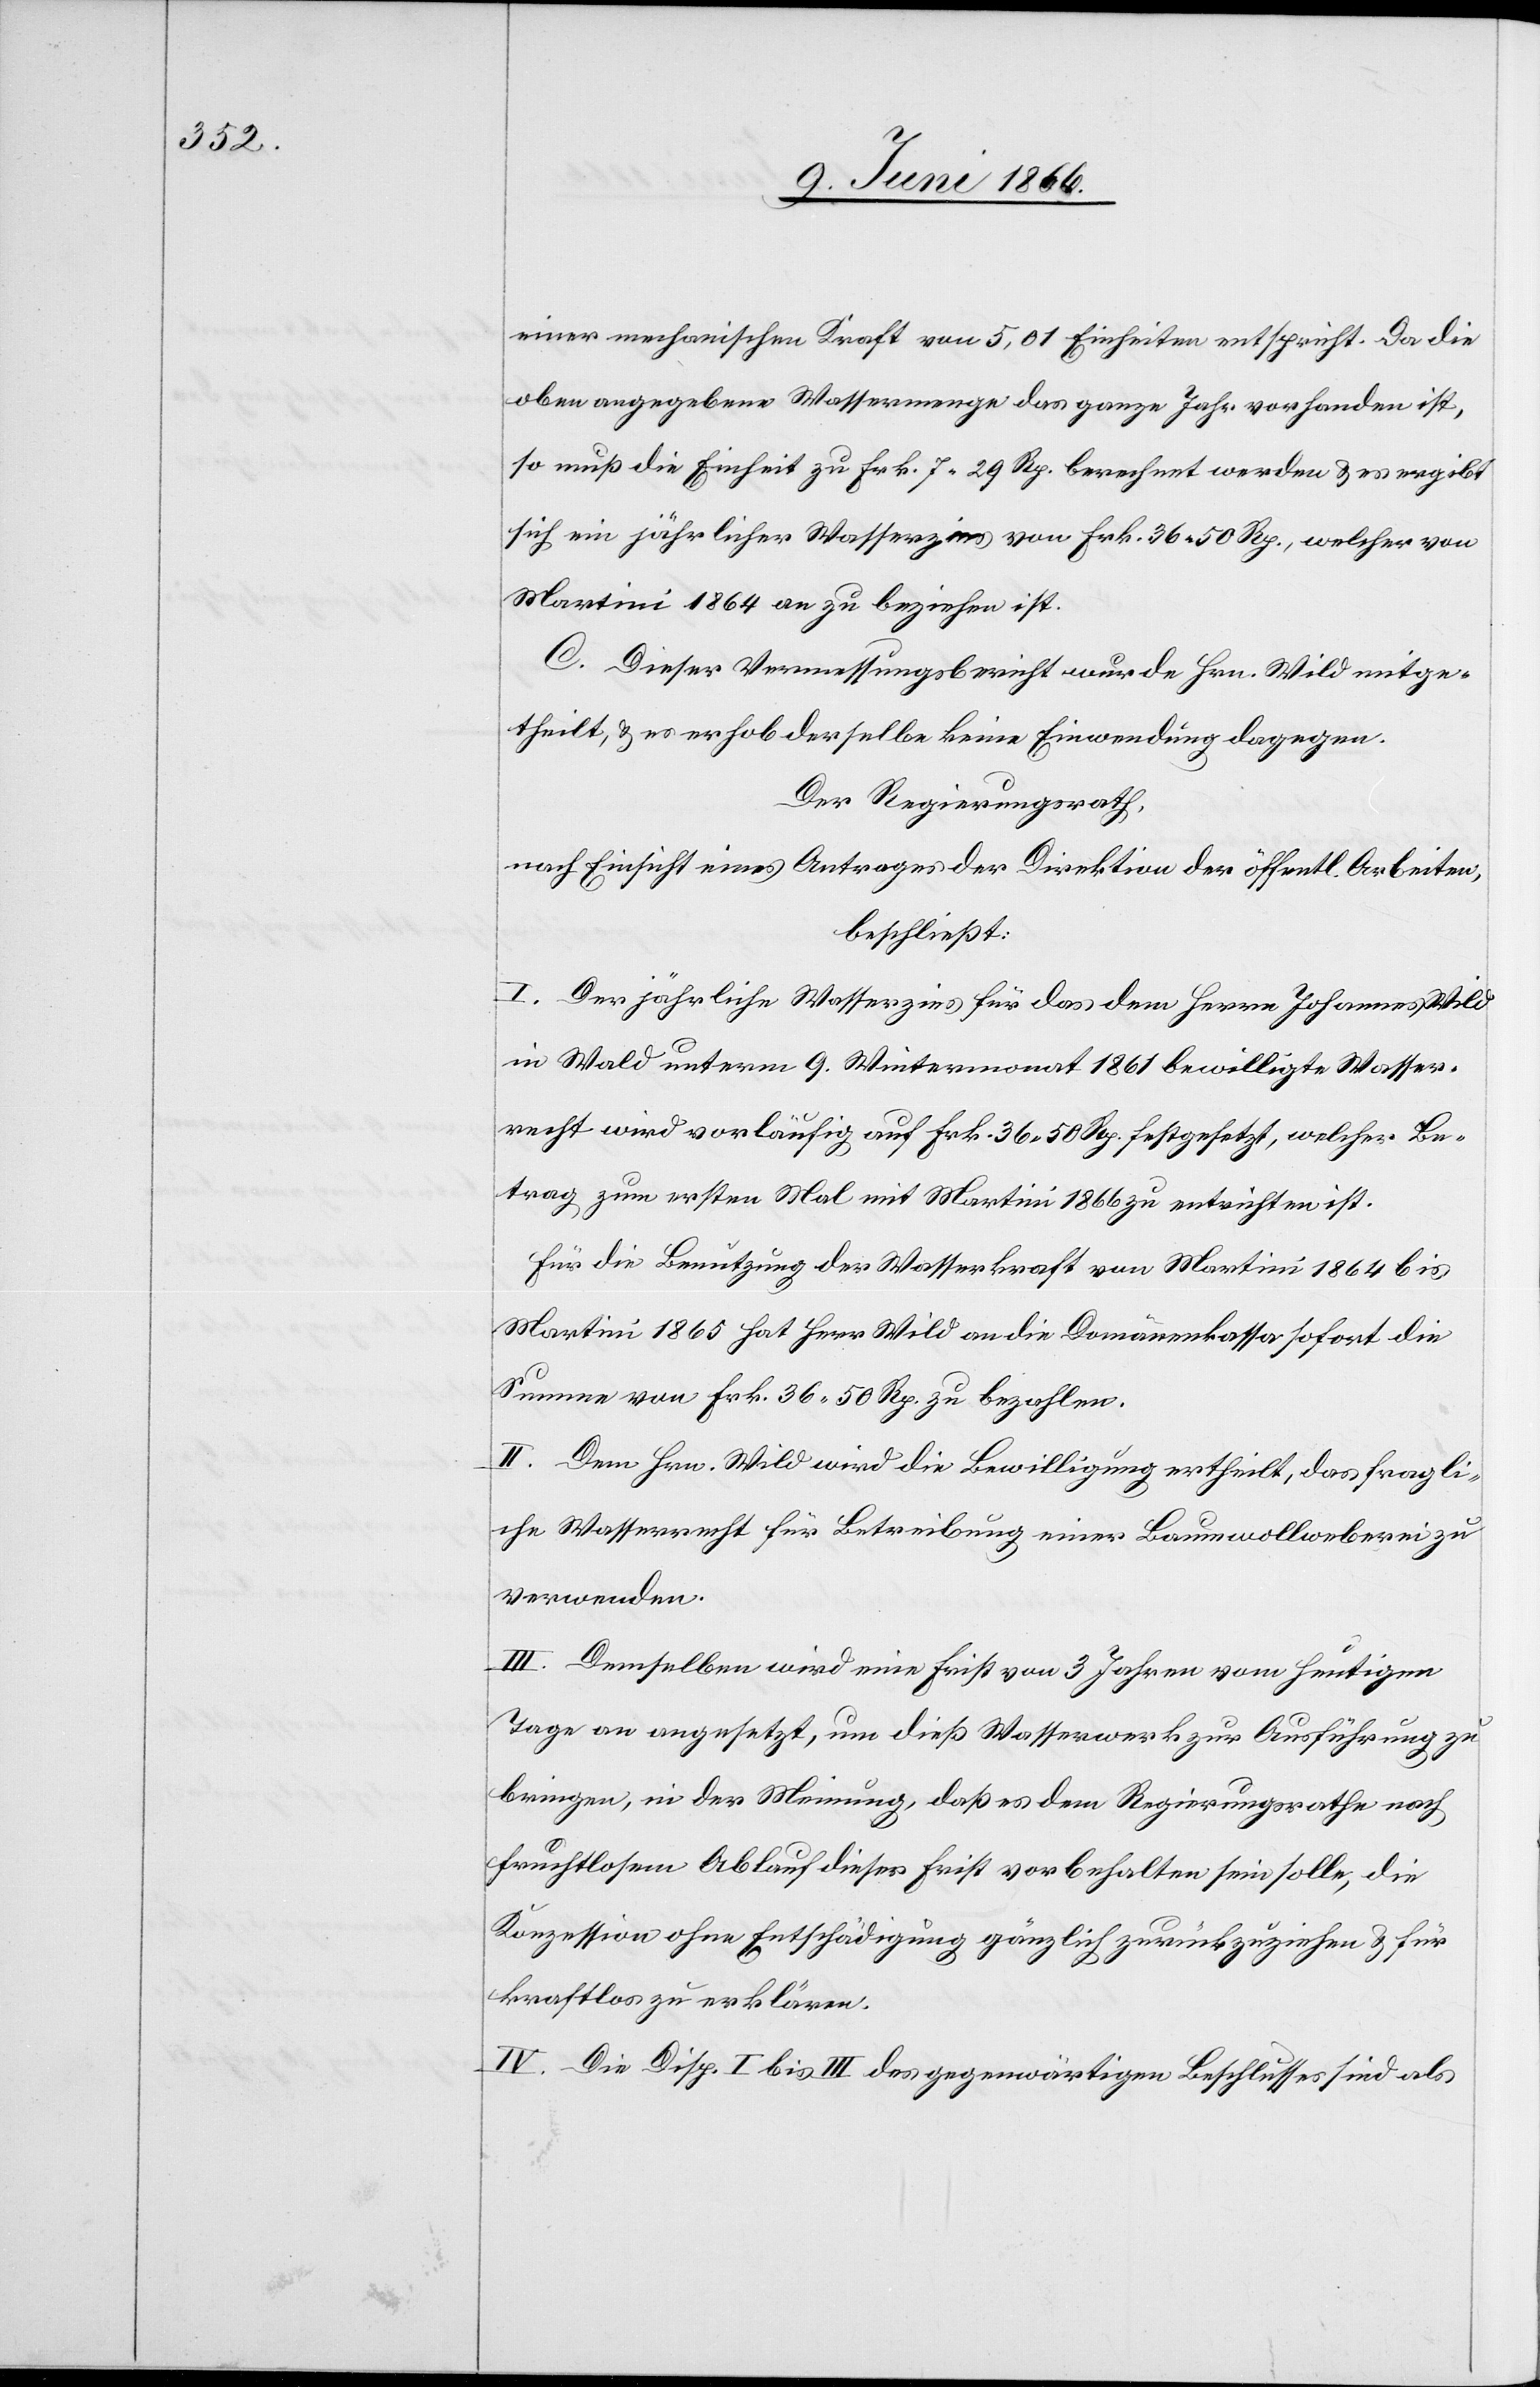
einer mechanischen Kraft von 5,01 Einheiten entspricht. Da die
oben angegebene Wassermenge das ganze Jahr vorhanden ist,
so muß die Einheit zu Frk. 7.29 Rp. berechnet werden u. es ergibt
sich ein jährlicher Wasserzins von Frk. 36.50 Rp., welcher von
Martini 1864 an zu beziehen ist.
C. Dieser Vermessungsbericht wurde Hrn. Wild mitge¬
theilt, u. es erhob derselbe keine Einwendungen dagegen.
Der Regierungsrath,
nach Einsicht eines Antrages der Direktion der öffentl. Arbeiten,
beschließt:
I. Der jährliche Wasserzins für das dem Herrn Johannes Wild
in Wald unterm 9. Wintermonat 1861 bewilligte Wasser¬
recht wird vorläufig auf Frk. 36.50 Rp. festgesetzt, welcher Be¬
trag zum ersten Mal mit Martini 1866 zu entrichten ist.
Für die Benutzung der Wasserkraft von Martini 1864 bis
Martini 1865 hat Herr Wild an die Domänenkasse sofort die
Summe von Frk. 36.50 zu bezahlen.
II. Dem Hrn. Wild wird die Bewilligung ertheilt, das fragli¬
che Wasserrecht für Betreibung einer Baumwollenweberei zu
verwenden.
III. Demselben wird eine Frist von 3 Jahren vom heutigen
Tage an angesetzt, um dieß Wasserwerk zur Ausführung zu
bringen, in der Meinung, daß es dem Regierungsrathe nach
fruchtlosem Ablauf dieser Frist vorbehalten sein solle, die
Konzession ohne Entschädigung gänzlich zurückzuziehen u. für
kraftlos zu erklären.
IV: Die Disp. I bis III des gegenwärtigen Beschlusses sind als